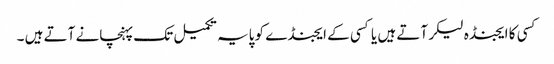
کسی کا ایجنڈہ لیکر آتے ہیں یا کسی کے ایجنڈے کو پایہ تکمیل تک پہنچانے آتے ہیں ۔